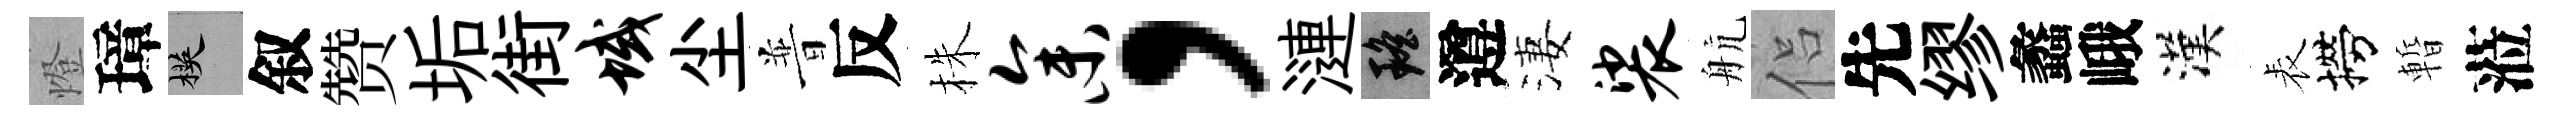
燈璋楧叙赞垢街域尘普反株参，漣瑶遵淒裟航侣先缪蠡峨漢表撈暫蒞